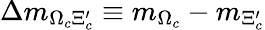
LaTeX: \Delta m_{\Omega_{c}\Xi_{c}^{\prime}}\equiv m_{\Omega_{c}}-m_{\Xi_{c}^{\prime}}